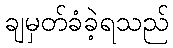
ချမှတ်ခံခဲ့ရသည်